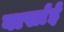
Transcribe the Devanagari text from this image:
वार्साई